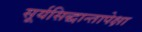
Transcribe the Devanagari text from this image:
सूर्यसिद्धान्तापेक्षा